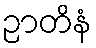
ဉာတိနံ